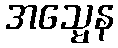
အသ္မေန